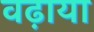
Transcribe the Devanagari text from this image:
वढ़ाया